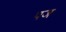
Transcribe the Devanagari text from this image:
पज